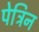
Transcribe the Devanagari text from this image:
पेट्रिन